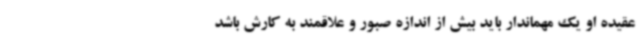
عقیده او یک مهماندار باید بیش از اندازه صبور و علاقمند به کارش باشد